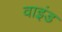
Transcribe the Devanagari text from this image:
वाइंड